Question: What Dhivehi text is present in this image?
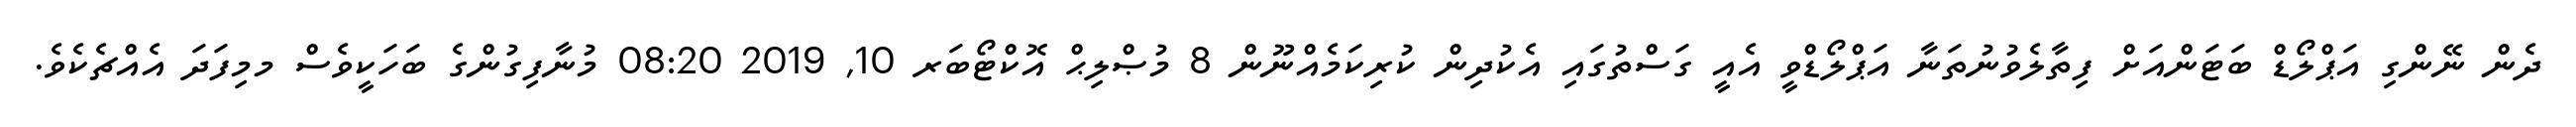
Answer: ދެން ނޭންގި އަޕްލޯޑް ބަޓަންއަށް ފިތާލެވުނުތަނާ އަޕްލޯޑްވީ އެއީ ގަސްތުގައި އެކުދިން ކުރިކަމެއްނޫން 8 މުޞްލިޙް އޮކްޓޯބަރ 10, 2019 08:20 މުނާފިގުންގެ ބަހަކީވެސް މމިފަދަ އެއްޗެކެވެ.